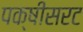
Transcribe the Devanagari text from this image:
पक्षीसरट